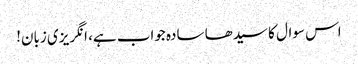
اس سوال کا سیدھا سادہ جواب ہے، انگریزی زبان!